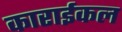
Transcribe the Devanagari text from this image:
काराईकल